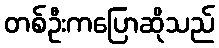
တစ်ဦးကပြောဆိုသည်